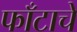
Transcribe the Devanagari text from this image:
फाँटाचे